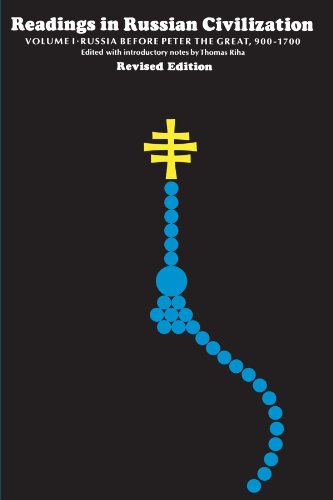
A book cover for Readings in Russian Civilization, Volume 1: Russia Before Peter the Great, 900-1700; Travel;